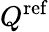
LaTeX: Q^{\mathrm{ref}}